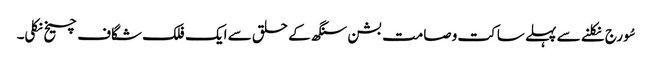
سُورج نکلنے سے پہلے ساکت وصامت بشن سنگھ کے حلق سے ایک فلک شگاف چیخ نکلی۔